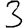
Digit: 3